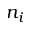
n _ { i }